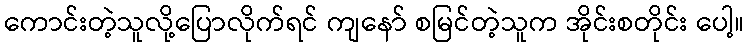
ကောင်းတဲ့သူလို့ပြောလိုက်ရင် ကျနော် စမြင်တဲ့သူက အိုင်းစတိုင်း ပေါ့။